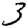
Digit: 3